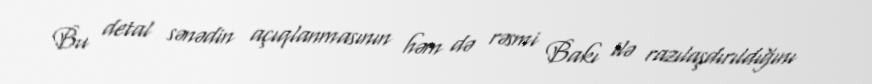
Bu detal sənədin açıqlanmasının həm də rəsmi Bakı ilə razılaşdırıldığını